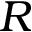
R